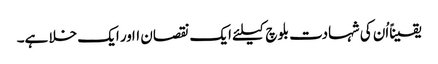
یقیناًاُن کی شہادت بلوچ کیلئے ایک نقصان ااور ایک خلا ہے۔